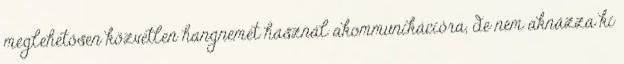
meglehetősen közvetlen hangnemet használ akommunikációra, de nem aknázza ki